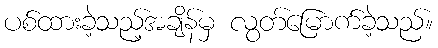
ပစ်ထားခဲ့သည့်အချိန်မှ လွတ်မြောက်ခဲ့သည်။